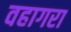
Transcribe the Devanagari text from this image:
वहागरा